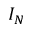
I _ { N }